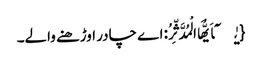
{یٰۤاَیُّهَا الْمُدَّثِّرُ: اے چادر اوڑھنے والے۔